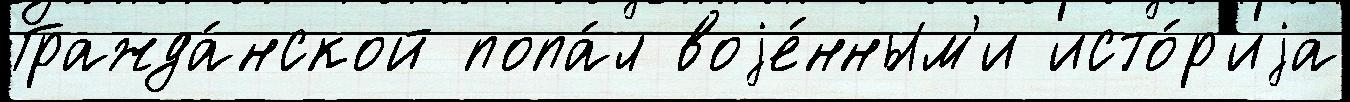
Гражда́нской попа́л воjе́нным'и исто́р'иjа